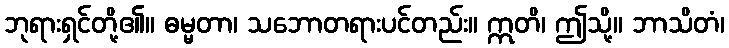
ဘုရားရှင်တို့၏။ ဓမ္မတာ၊ သဘောတရားပင်တည်း။ ဣတိ၊ ဤသို့။ ဘာသိတံ၊